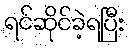
ရင်ဆိုင်ခဲ့ရပြီး